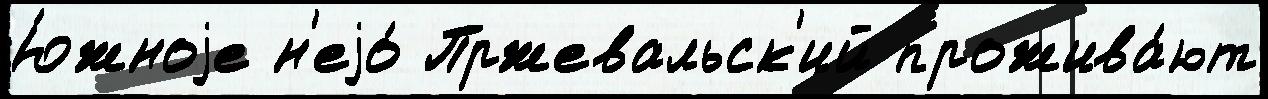
Ю́жноjе н'еjо́ Пржевальск'ий прожива́ют